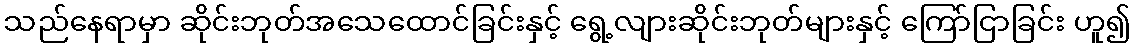
သည်နေရာမှာ ဆိုင်းဘုတ်အသေထောင်ခြင်းနှင့် ရွေ့လျားဆိုင်းဘုတ်များနှင့် ကြော်ငြာခြင်း ဟူ၍